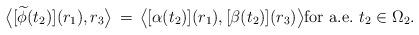
LaTeX: \begin{align*}\bigl\langle [\widetilde{\phi}(t_2)](r_1),r_3\bigr\rangle\,=\,\bigl\langle[\alpha(t_2)](r_1),[\beta(t_2)](r_3)\bigr\rangle\hbox{for a.e.}\ t_2\in \Omega_2.\end{align*}